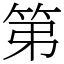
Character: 第